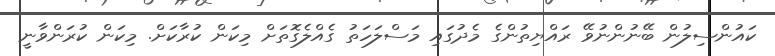
ކައުންސިލުން ބޭނުންނުވޭ ރައްޔިތުންގެ މެދުގައި މަސްލަހަތު ގެއްލެގޮތަށް މިކަން ކުރާކަށް. މިކަން ކުރަންވާނީ